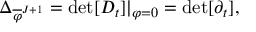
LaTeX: \Delta _ { \overline { { { \varphi } } } ^ { J + 1 } } = \operatorname * { d e t } [ D _ { t } ] | _ { \varphi = 0 } = \operatorname * { d e t } [ \partial _ { t } ] ,